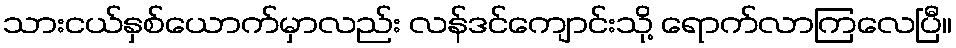
သားငယ်နှစ်ယောက်မှာလည်း လန်ဒင်ကျောင်းသို့ ရောက်လာကြလေပြီ။